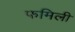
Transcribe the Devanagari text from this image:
फमिली